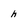
Character: h